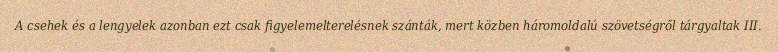
A csehek és a lengyelek azonban ezt csak figyelemelterelésnek szánták, mert közben háromoldalú szövetségről tárgyaltak III.